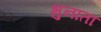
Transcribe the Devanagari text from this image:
भुनाता